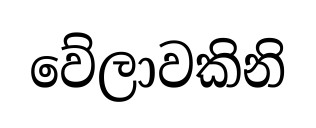
වේලාවකිනි